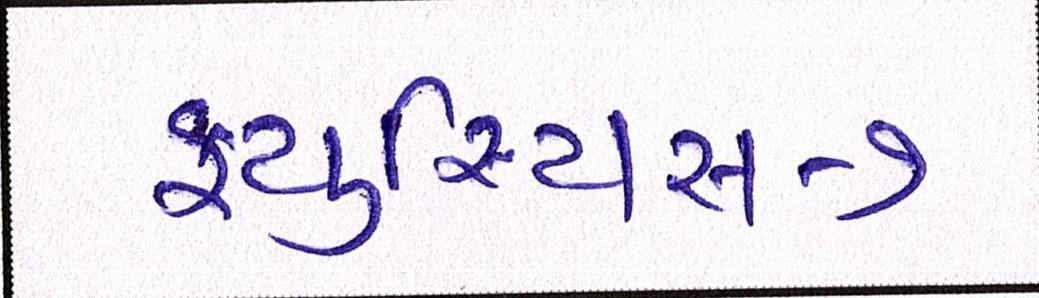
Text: ફ્યુરિયસ-૭